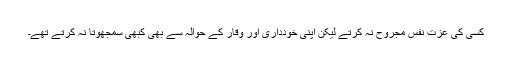
کسی کی عزتِ نفس مجروح نہ کرتے لیکن اپنی خودداری اور وقار کے حوالہ سے بھی کبھی سمجھوتا نہ کرتے تھے۔